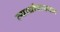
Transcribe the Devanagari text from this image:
व्याधोपाख्यान